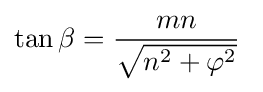
\tan \beta ={\frac {mn}{\sqrt {n^{2}+\varphi ^{2}}}}\